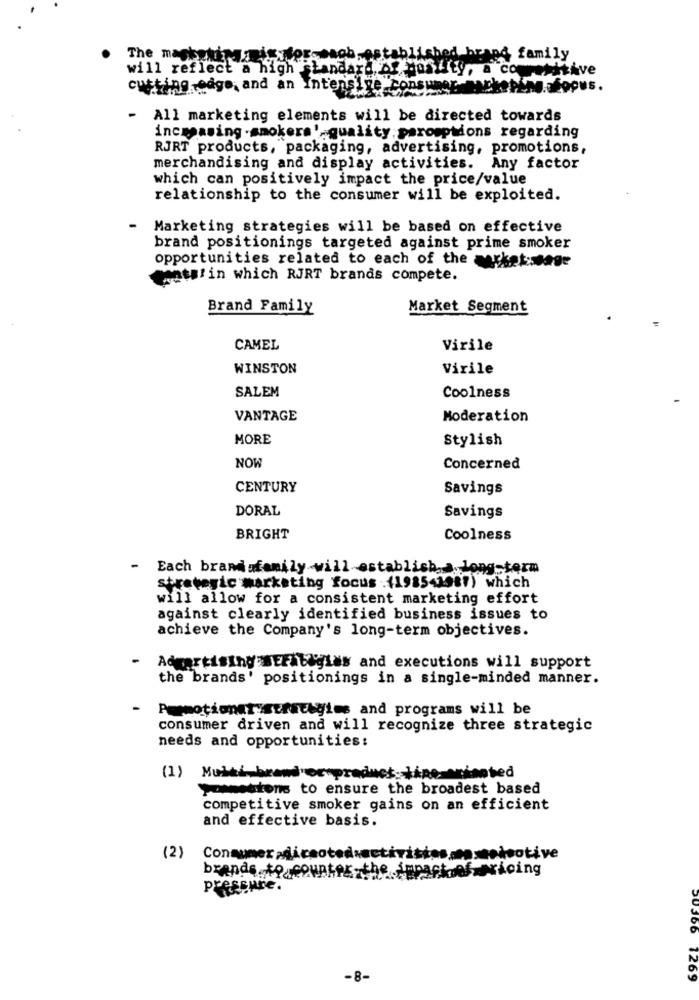
The maskekingmais:forcesob est
ched brand family
will reflect a high standard bf Hostity, a com
cutting edge, and an Intensivt
consumer mackePend afocus.
-
All marketing elements will be directed towards
increasing -smokers' quality. paromptions regarding
RJRT products, packaging, advertising, promotions,
merchandising and display activities. Any factor
which can positively impact the price/value
relationship to the consumer will be exploited.
Marketing strategies will be based on effective
brand positionings targeted against prime smoker
opportunities related to each of the market ;. sage
mats!in which RJRT brands compete.
Brand Family
Market Segment
CAMEL
Virile
WINSTON
Virile
SALEM
Coolness
VANTAGE
Moderation
MORE
Stylish
NOW
Concerned
CENTURY
Savings
DORAL
Savings
BRIGHT
Coolness
-
Each brandsfamily will establish, a long-term
strategic marketing focus .(1985-1987) which
will allow for a consistent marketing effort
against clearly identified business issues to
achieve the Company's long-term objectives.
Admartistng SEFab&gias and executions will support
the brands' positionings in a single-minded manner.
Permotionarystrategies and programs will be
consumer driven and will recognize three strategic
needs and opportunities:
Pommestons to ensure the broadest based
competitive smoker gains on an efficient
and effective basis.
(2)
brands to counter-the impact of pricing
Pressure.
-8-
50366 7269